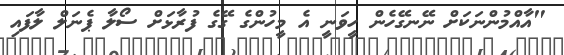
"އާއްމުންނަކަށް ނޭނގޭހެން ހީވަނީ އެ މީހުންގެ ގޭގެ ފުރާޅަށް ސޯލާ ޕެނަލް ލާފައި